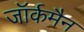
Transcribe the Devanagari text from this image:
जॉर्कमैन